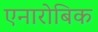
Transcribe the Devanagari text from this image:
एनारोबिक